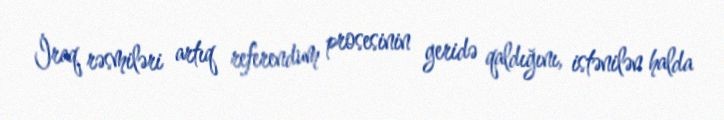
İraq rəsmiləri artıq referendum prosesinin geridə qaldığını, istənilən halda